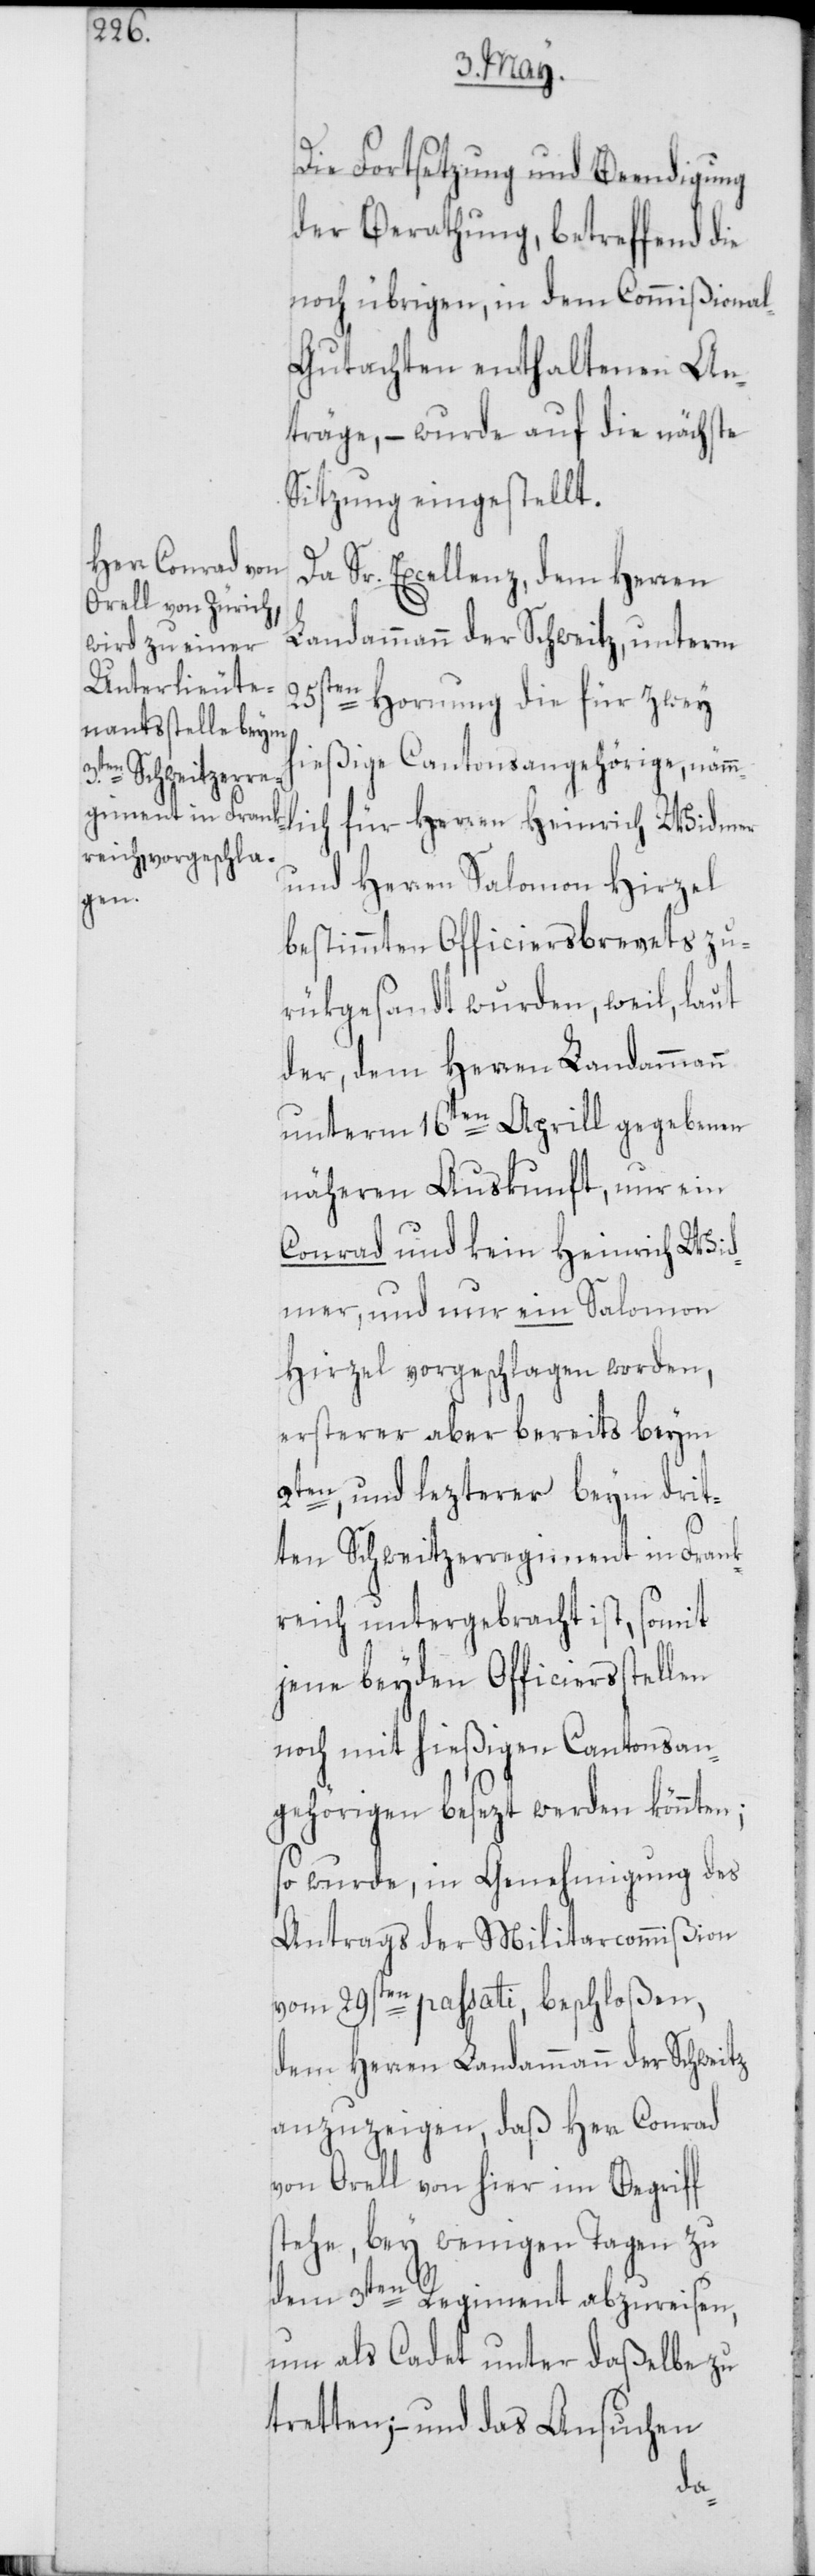
Die Fortsetzung und Beendigung
der Berathung, betreffend die
noch übrigen, in dem Commißiona¬
l-Gutachten enthaltenen An¬
träge, – wurde auf die nächste
Sitzung eingestellt.
Da Sr. Excellenz, dem Herren
Landammann der Schweitz, unterm
25sten Hornung die für zwey
hießige Cantonsangehörige, nämm¬
lich für Herren Heinrich Widmer
und Herren Salomon Hirzel
bestimmten Officierbrevets zu¬
rükgesandt wurden, weil, laut
der, dem Herren Landammann
unterm 16ten Aprill gegebenen
näheren Auskunft, nur ein
Conrad und kein Heinrich Wid¬
mer, und nur ein Salomon
Hirzel vorgeschlagen worden,
ersterer aber bereits beym
2ten, und lezterer beym drit¬
ten Schweitzerregiment in Frank¬
reich untergebracht ist, somit
jene beyden Officiersstellen
noch mit hießigen Cantonsan¬
gehörigen besezt werden könnten;
so wurde, in Genehmigung des
Antrags der Militarcommißion
vom 29sten passati, beschloßen,
dem Herren Landammann der Schweitz
anzuzeigen, daß Herr Conrad
von Orell von hier im Begriff
stehe, bey wenigen Tagen zu
dem 3ten Regiment abzureisen,
um als Cadet unter daßelbe zu
tretten; – und das Ansuchen